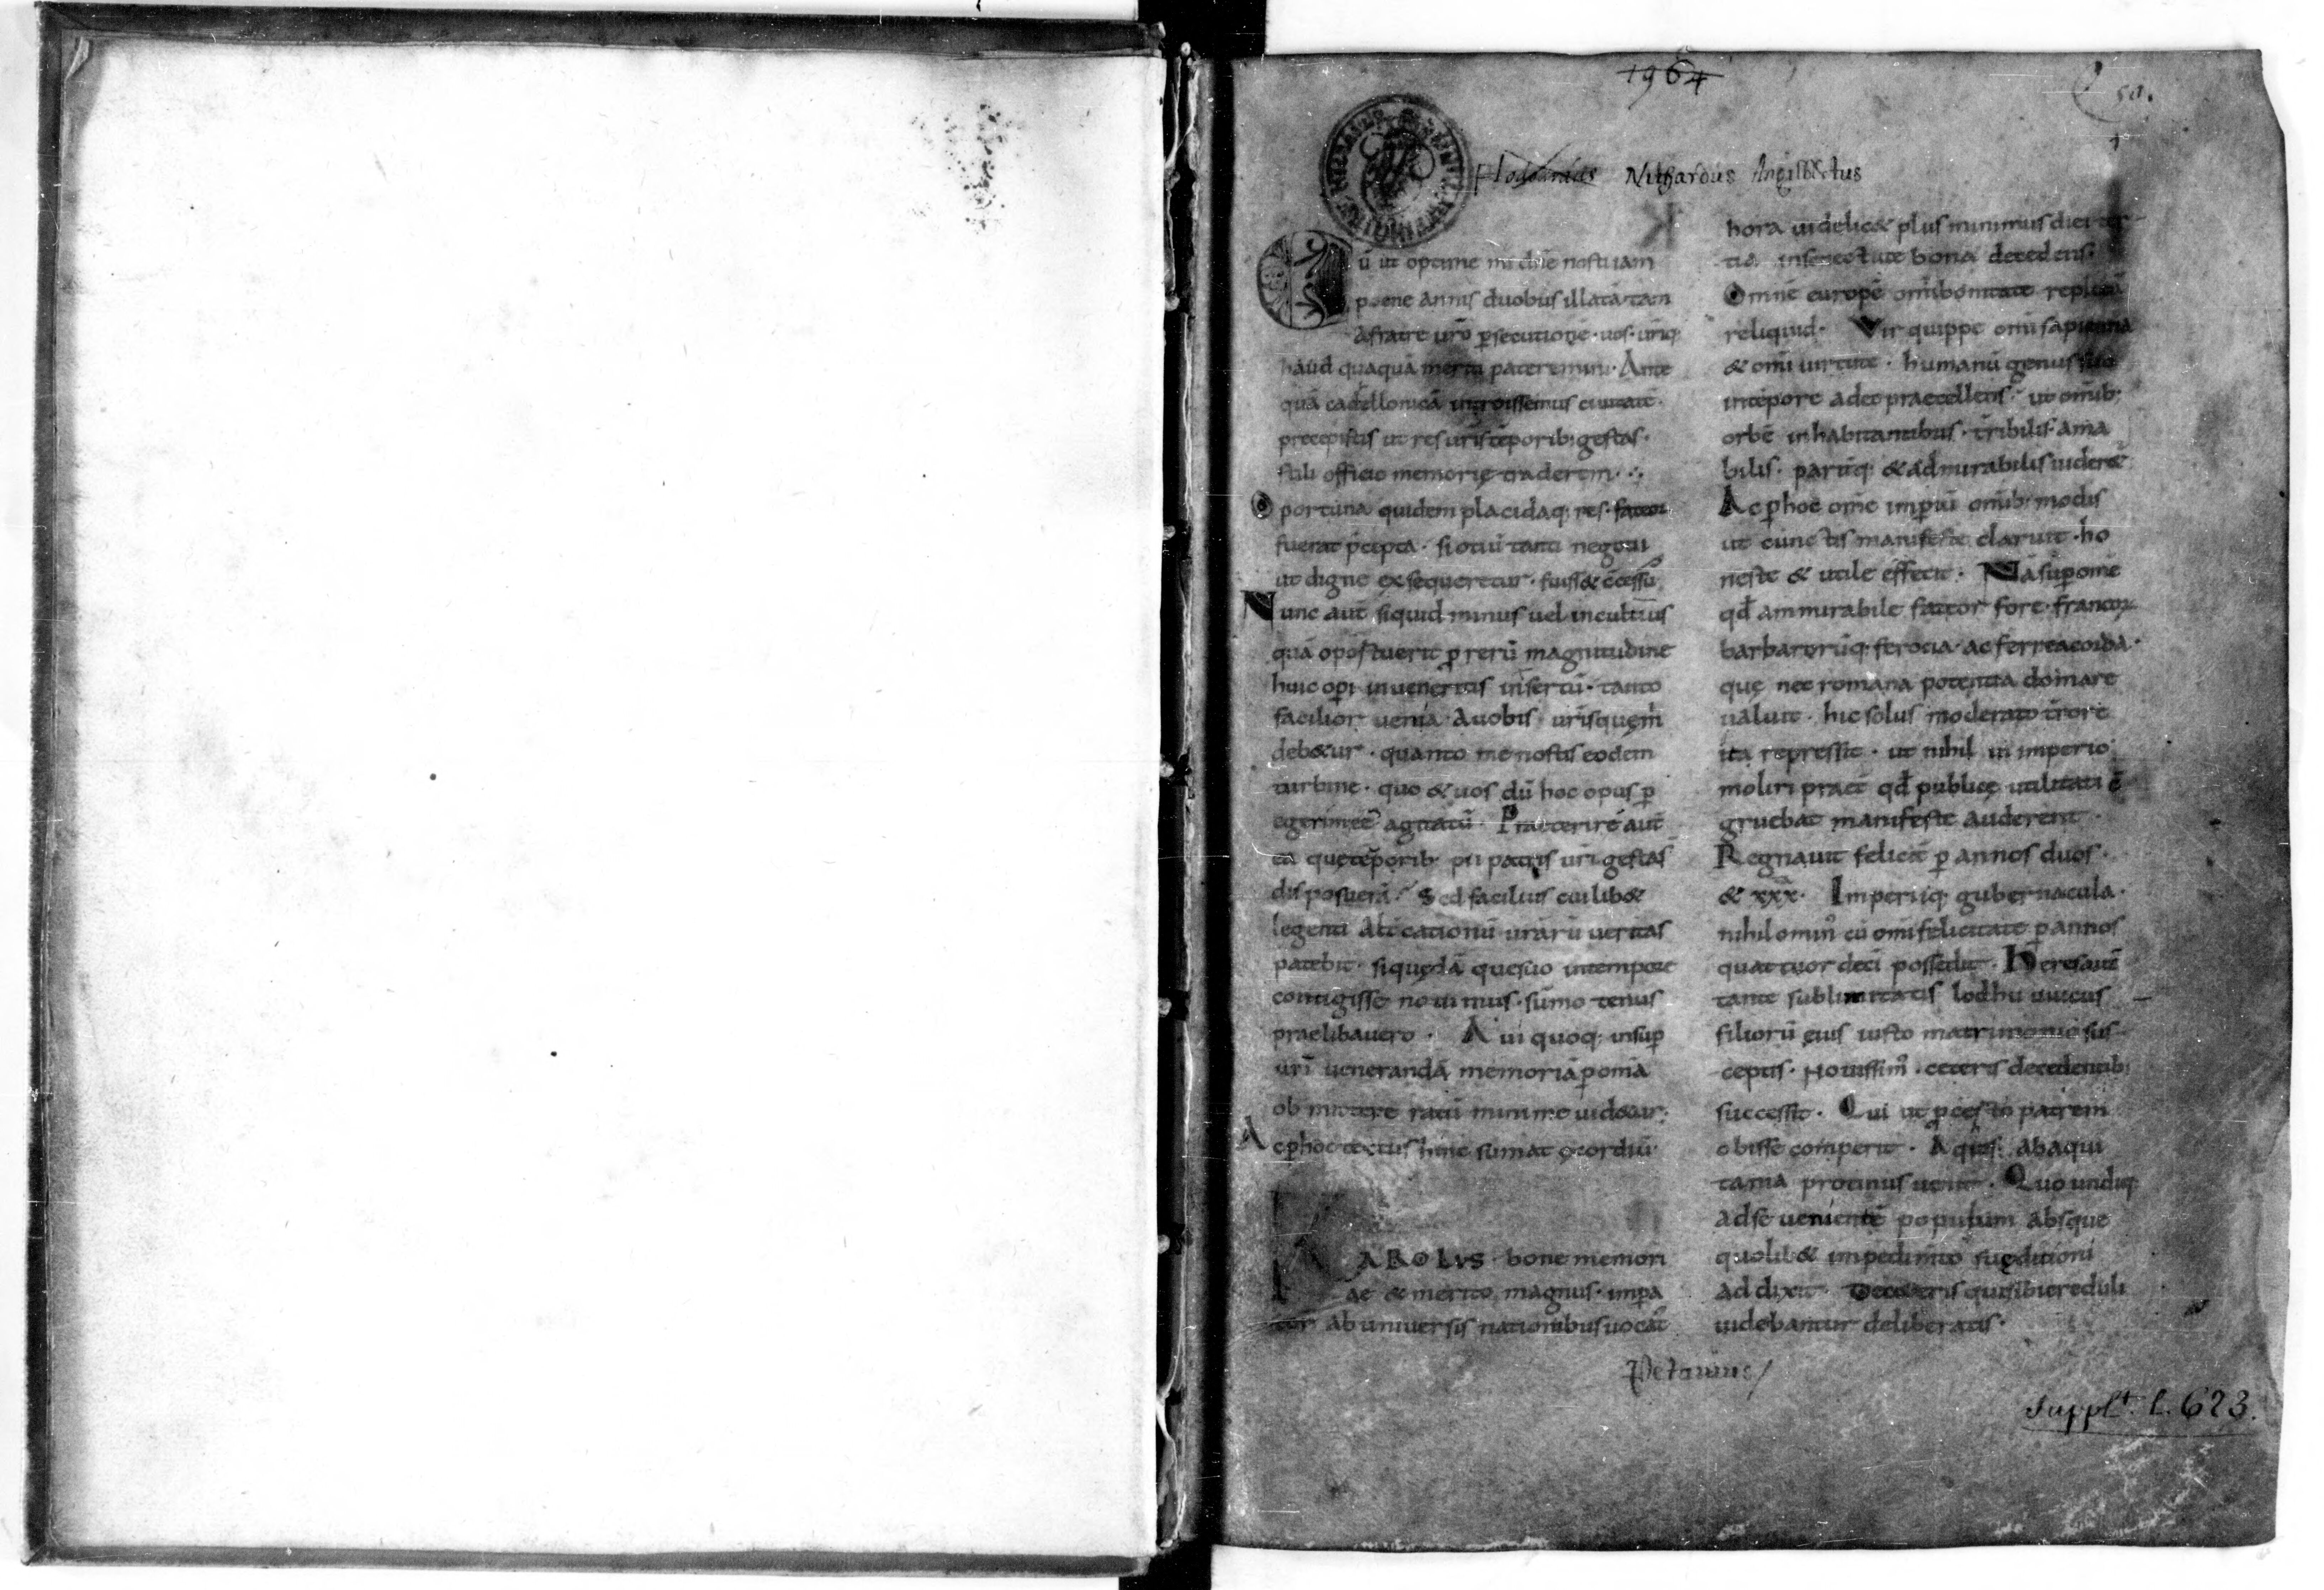
Shelfmark: Paris, BnF, lat. 9768
Century: 10